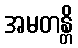
အမတန္တိ